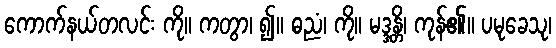
ကောက်နယ်တလင်း ကို။ ကတွာ၊ ၍။ ဓညံ၊ ကို။ မဒ္ဒန္တိ၊ ကုန်၏။ ပမုခေသု၊